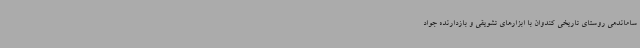
ساماندهی روستای تاریخی کندوان با ابزارهای تشویقی و بازدارنده جواد